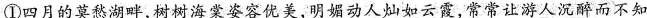
①四月的莫愁湖畔，树树海棠姿容优美，明媚动人灿如云霞，常常让游人沉醉而不知